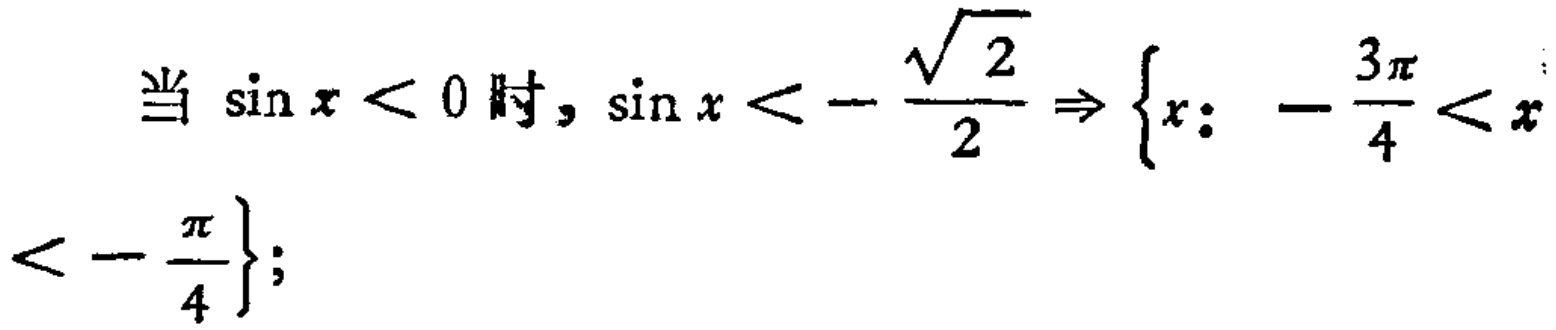
当 $\sin x < 0$ 时，$\sin x < - \frac{\sqrt{2}}{2} \Rightarrow \left\{x: -\frac{3\pi}{4} < x < -\frac{\pi}{4}\right\}$;